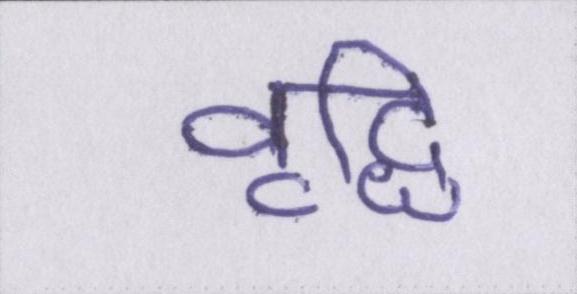
वृद्धि